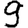
Digit: 9